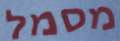
מסמל